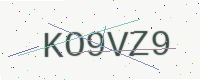
Text: KO9VZ9